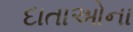
દાતાઓના